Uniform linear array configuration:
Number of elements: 8
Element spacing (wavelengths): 0.75
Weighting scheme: exponential
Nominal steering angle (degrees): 30
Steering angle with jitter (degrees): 30.048
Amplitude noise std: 0.05
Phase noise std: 0.05

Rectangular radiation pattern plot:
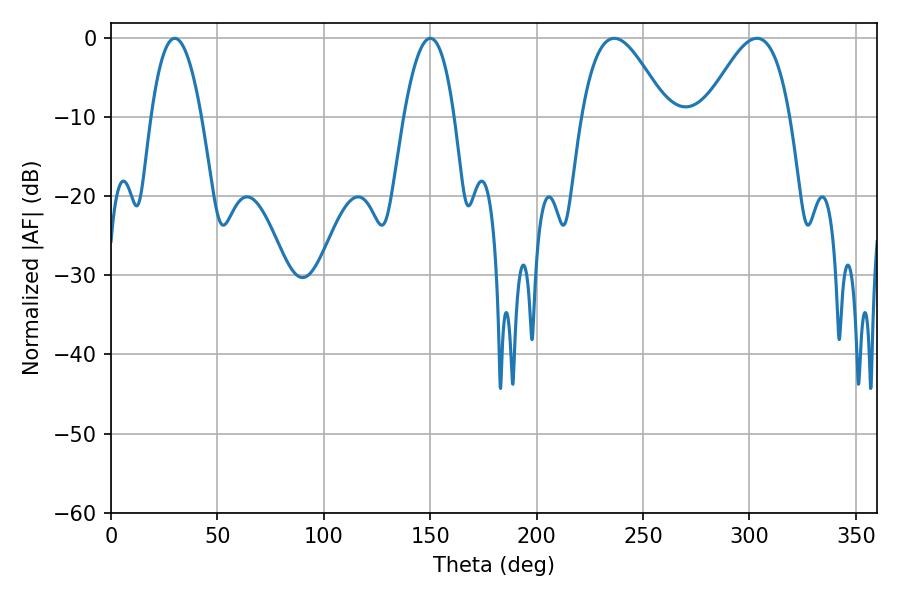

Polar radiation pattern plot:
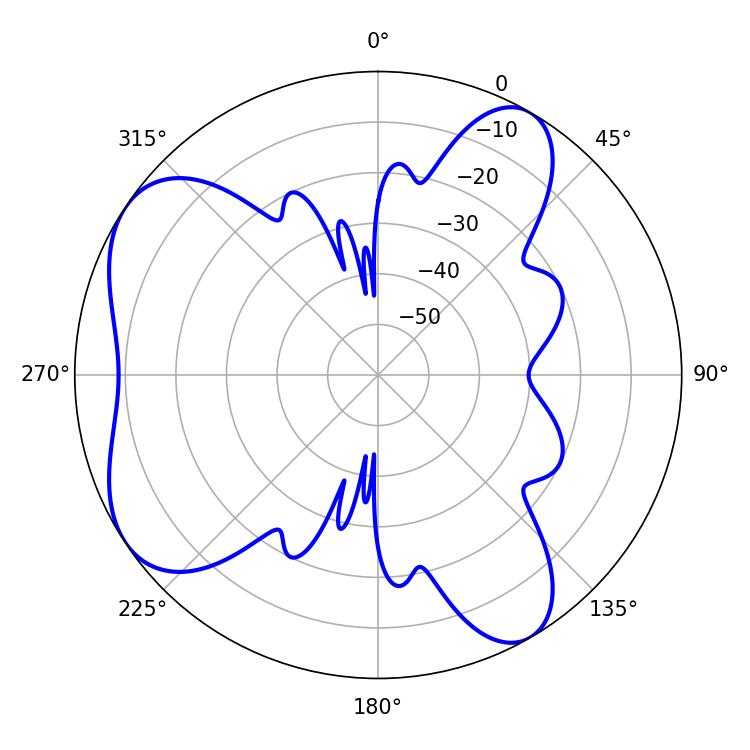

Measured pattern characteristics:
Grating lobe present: TRUE
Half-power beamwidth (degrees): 21.6
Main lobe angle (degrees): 236.52